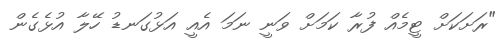
"ރަށަކަށް ޓީމެއް ފުރާ ކަމަށް ވަނީ ނަމަ އެއީ އަޅުގަނޑު ހޭލާ އުޅެގެން